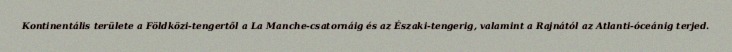
Kontinentális területe a Földközi-tengertől a La Manche-csatornáig és az Északi-tengerig, valamint a Rajnától az Atlanti-óceánig terjed.